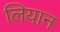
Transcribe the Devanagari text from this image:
लियान